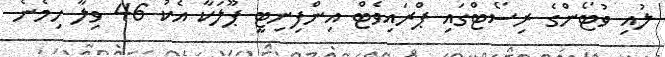
ލުއި ވުޓޯންގެ ރިސޯޓްގައި ޕްރައިވެޓް އިންފިނިޓީ ޕޫލަކާ އެކު 46 ވިލާ ހިމެނެ